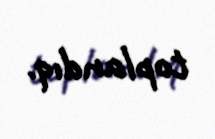
toplandıq.